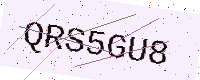
Text: QRS5GU8